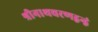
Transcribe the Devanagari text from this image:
श्रीनाथचरणद्वन्द्वं